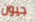
جيون